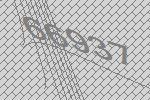
66937